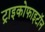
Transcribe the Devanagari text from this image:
ट्राइकोफाइटॉन